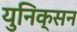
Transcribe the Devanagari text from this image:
युनिक्सन